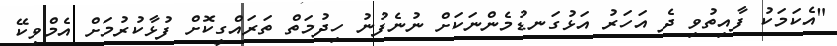
"އެކަމަކު ފާއިތުވި ދެ އަހަރު އަޅުގަނޑުމެންނަކަށް ނުނެފުނު ހިދުމަތް ތަރައްގީކޮށް ފުޅާކުރުމަށް އެމްވީކޭ